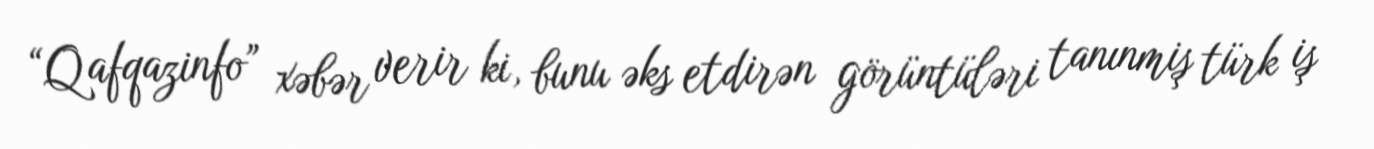
“Qafqazinfo” xəbər verir ki, bunu əks etdirən görüntüləri tanınmiş türk iş